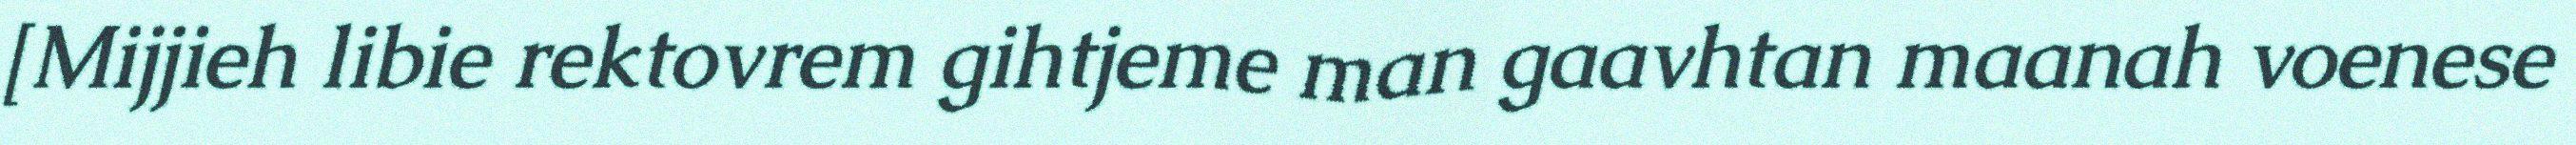
[Mijjieh libie rektovrem gihtjeme man gaavhtan maanah voenese